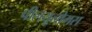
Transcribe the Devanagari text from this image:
पीलयूलोगस